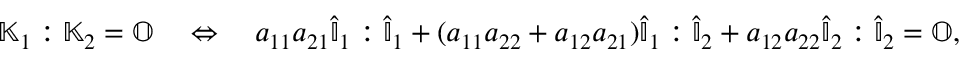
\mathbb { K } _ { 1 } : \mathbb { K } _ { 2 } = \mathbb { O } \quad \Leftrightarrow \quad a _ { 1 1 } a _ { 2 1 } \hat { \mathbb { I } } _ { 1 } : \hat { \mathbb { I } } _ { 1 } + ( a _ { 1 1 } a _ { 2 2 } + a _ { 1 2 } a _ { 2 1 } ) \hat { \mathbb { I } } _ { 1 } : \hat { \mathbb { I } } _ { 2 } + a _ { 1 2 } a _ { 2 2 } \hat { \mathbb { I } } _ { 2 } : \hat { \mathbb { I } } _ { 2 } = \mathbb { O } ,